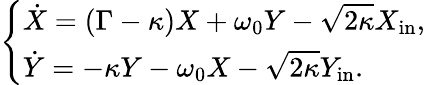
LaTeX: \left\{ \begin{array}{l}{\dot{X}=\left(\Gamma-\kappa\right)X+\omega_{0}Y-\sqrt{2\kappa}X_{\mathrm{in}},}\\ {\dot{Y}=-\kappa Y-\omega_{0}X-\sqrt{2\kappa}Y_{\mathrm{in}}.}\end{array}\right.